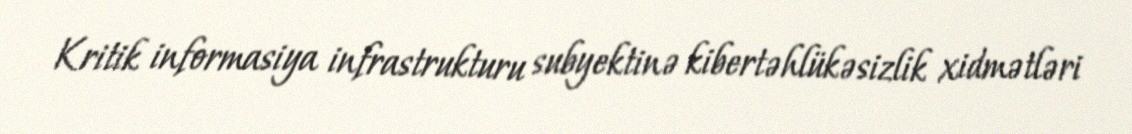
Kritik informasiya infrastrukturu subyektinə kibertəhlükəsizlik xidmətləri